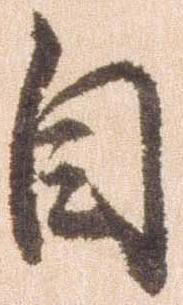
自